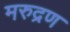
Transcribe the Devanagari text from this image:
मरुद्रण